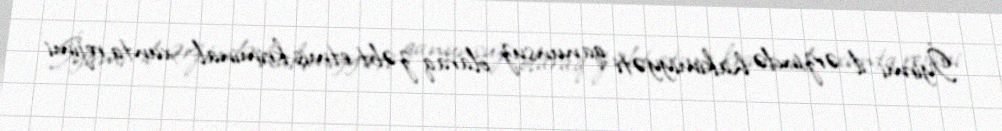
İyirmi il ərzində hakimiyyəti qanunsuz olaraq zəbt etmiş kriminal xunta rejimi